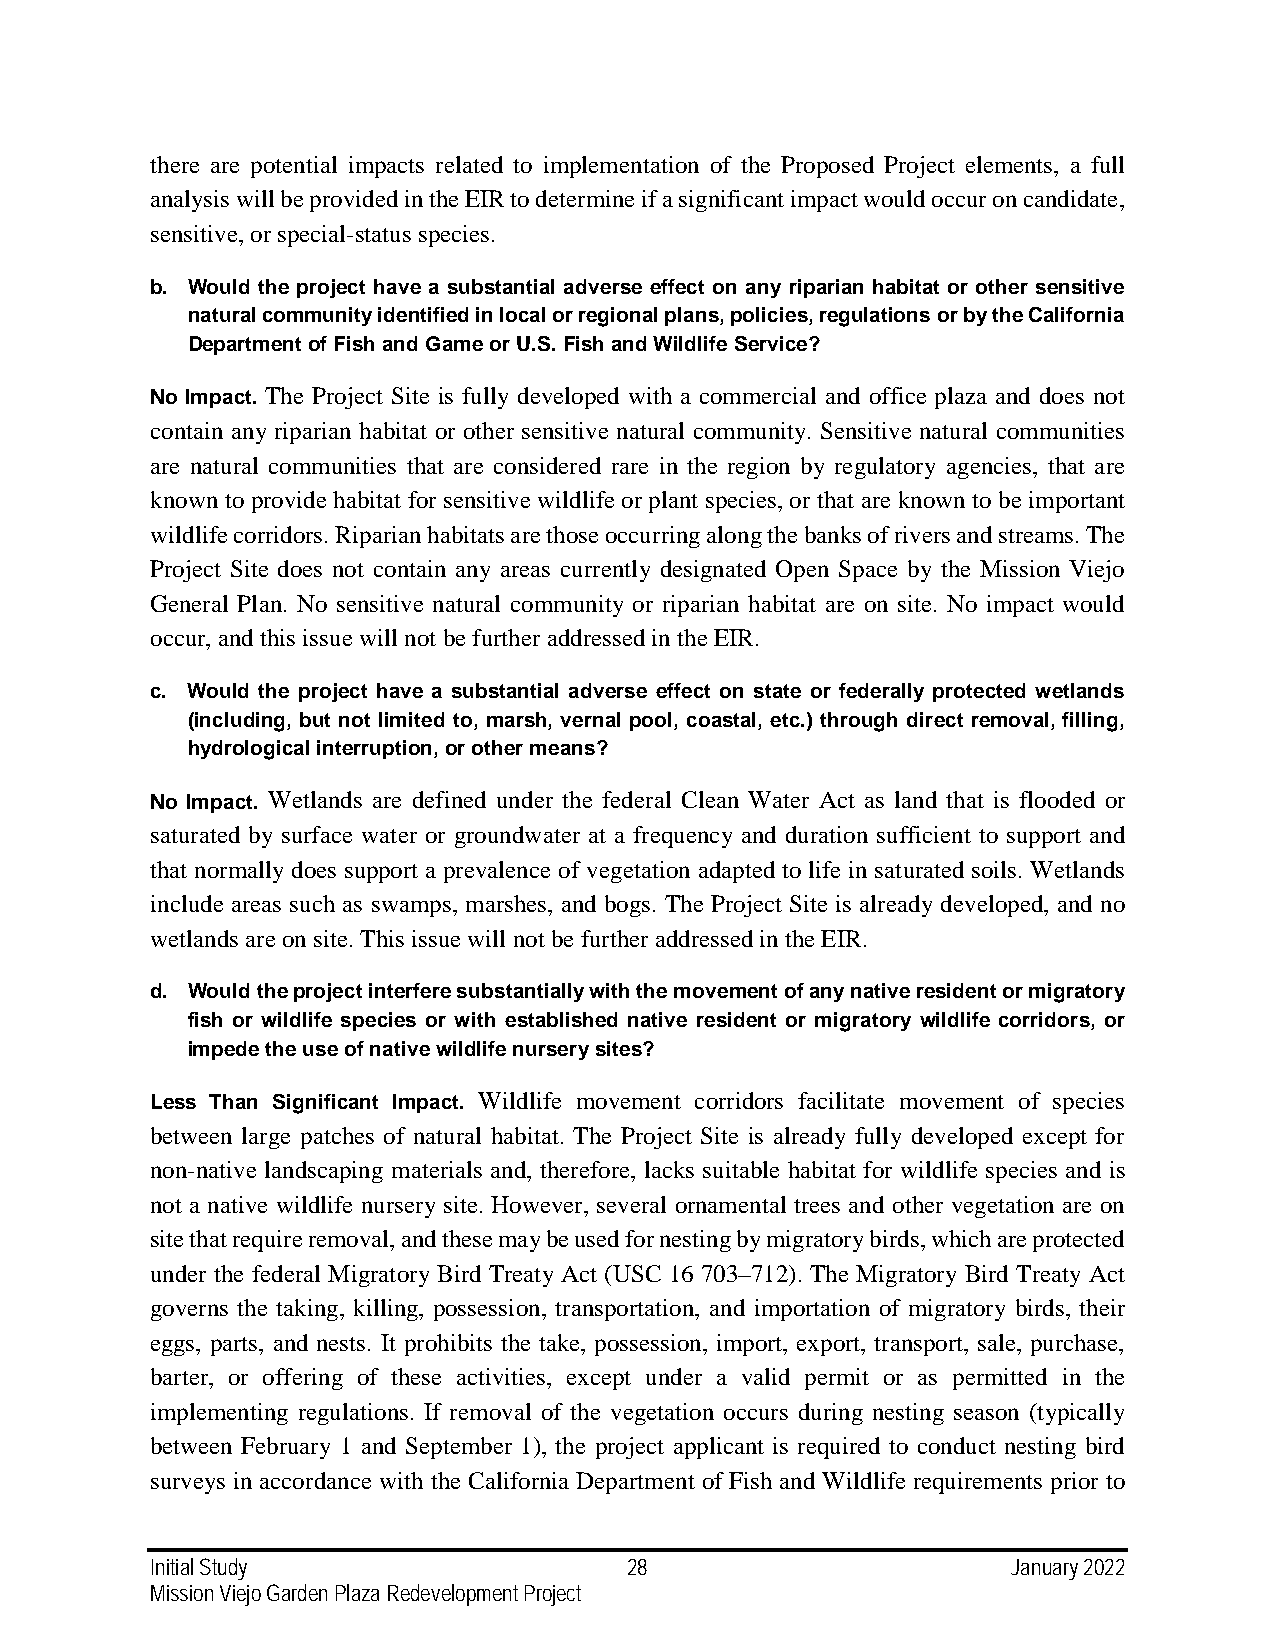
there are potential impacts related to implementation of the Proposed Project elements, a full
 analysis will be provided in the EIR to determine if a significant impact would occur on candidate,
 sensitive, or special-status species.
 b. Would the project have a substantial adverse effect on any riparian habitat or other sensitive
 natural community identified in local or regional plans, policies, regulations or by the California
 Department of Fish and Game or U.S. Fish and Wildlife Service?
 No Impact. The Project Site is fully developed with a commercial and office plaza and does not
 contain any riparian habitat or other sensitive natural community. Sensitive natural communities
 are natural communities that are considered rare in the region by regulatory agencies, that are
 known to provide habitat for sensitive wildlife or plant species, or that are known to be important
 wildlife corridors. Riparian habitats are those occurring along the banks of rivers and streams. The
 Project Site does not contain any areas currently designated Open Space by the Mission Viejo
 General Plan. No sensitive natural community or riparian habitat are on site. No impact would
 occur, and this issue will not be further addressed in the EIR.
 c. Would the project have a substantial adverse effect on state or federally protected wetlands
 (including, but not limited to, marsh, vernal pool, coastal, etc.) through direct removal, filling,
 hydrological interruption, or other means?
 No Impact. Wetlands are defined under the federal Clean Water Act as land that is flooded or
 saturated by surface water or groundwater at a frequency and duration sufficient to support and
 that normally does support a prevalence of vegetation adapted to life in saturated soils. Wetlands
 include areas such as swamps, marshes, and bogs. The Project Site is already developed, and no
 wetlands are on site. This issue will not be further addressed in the EIR.
 d. Would the project interfere substantially with the movement of any native resident or migratory
 fish or wildlife species or with established native resident or migratory wildlife corridors, or
 impede the use of native wildlife nursery sites?
 Less Than Significant Impact. Wildlife movement corridors facilitate movement of species
 between large patches of natural habitat. The Project Site is already fully developed except for
 non-native landscaping materials and, therefore, lacks suitable habitat for wildlife species and is
 not a native wildlife nursery site. However, several ornamental trees and other vegetation are on
 site that require removal, and these may be used for nesting by migratory birds, which are protected
 under the federal Migratory Bird Treaty Act (USC 16 703–712). The Migratory Bird Treaty Act
 governs the taking, killing, possession, transportation, and importation of migratory birds, their
 eggs, parts, and nests. It prohibits the take, possession, import, export, transport, sale, purchase,
 barter, or offering of these activities, except under a valid permit or as permitted in the
 implementing regulations. If removal of the vegetation occurs during nesting season (typically
 between February 1 and September 1), the project applicant is required to conduct nesting bird
 surveys in accordance with the California Department of Fish and Wildlife requirements prior to
 Initial Study                   28                       January 2022
 Mission Viejo Garden Plaza Redevelopment Project